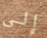
إلى